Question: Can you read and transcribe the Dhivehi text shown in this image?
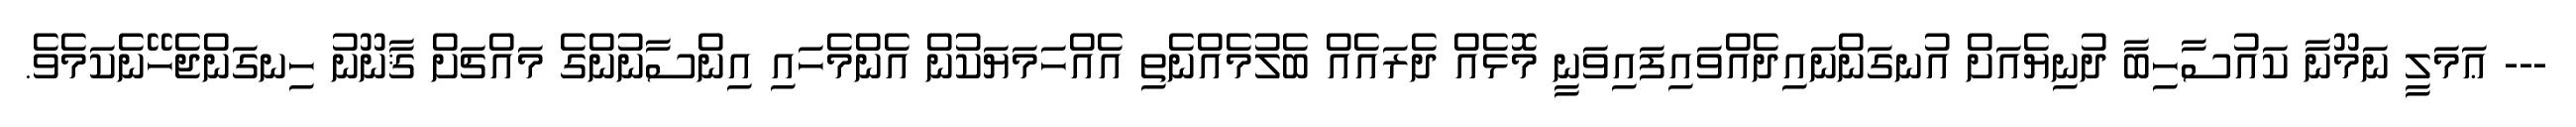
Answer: --- ޢަމަލީ ނަމޫނާ ކައުސާހިބާ ދުނިޔެއަށް އުނގަންނައިދެއްވައިފައިވަނީ މޮޅެއް ދެރައެއް ބެލުމެއްނެތި އެއްހަމަޔަކުން އެންމެހައި އިންސާނުންގެ މައްޗަށް ޤާނޫނު ހިނގަންޖެހޭނެކަމެވެ.